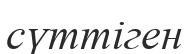
сүттіген